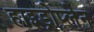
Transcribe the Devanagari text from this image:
हाइड्रोप्लेन